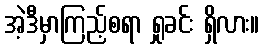
အဲ့ဒီမှာကြည့်စရာ ရှုခင်း ရှိလား။